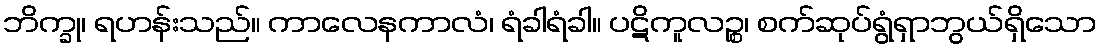
ဘိက္ခု၊ ရဟန်းသည်။ ကာလေနကာလံ၊ ရံခါရံခါ။ ပဋိကူလဉ္စ၊ စက်ဆုပ်ရွံရှာဘွယ်ရှိသော